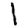
Digit: 1